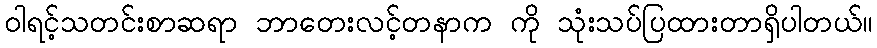
ဝါရင့်သတင်းစာဆရာ ဘာတေးလင့်တနာက ကို သုံးသပ်ပြထားတာရှိပါတယ်။